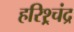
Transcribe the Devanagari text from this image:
हरिश्र्चंद्र